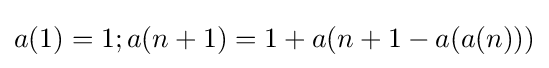
a(1)=1;a(n+1)=1+a(n+1-a(a(n)))